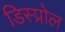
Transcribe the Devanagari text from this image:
डिस्प्रोल